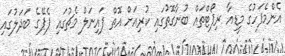
އެންމެފަހުގެ މީޑިއާ ރިޕޯޓްތައް ބުނާގޮތުގައި ކުރިއަށް އޮތް ފައިނަލް މެޗުގައި ޕެޕޭގެ ބަދަލުގައި